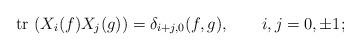
LaTeX: \begin{align*}\mbox{ tr }(X_i(f)X_j(g)) = \delta_{i+j,0}(f, g), \qquad i,j=0, \pm 1;\end{align*}